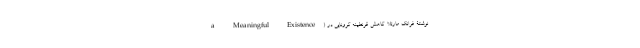
a Meaningful Existence) نوشتۀ فرانک مارتلا. کاهش قرنطینه کرونایی در